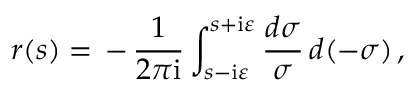
r ( s ) = \, - \, \frac { 1 } { 2 \pi \mathrm { i } } \int _ { s - \mathrm { i } \varepsilon } ^ { s + \mathrm { i } \varepsilon } \frac { d \sigma } { \sigma } \, d ( - \sigma ) \, ,